Indian journal of veterinary science and animal husbandry - Volume 6,
Year: 1936
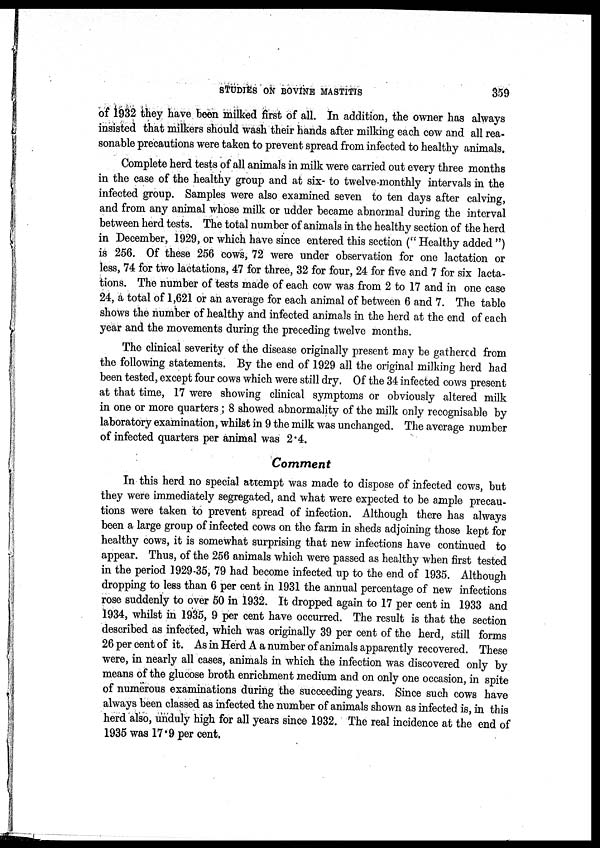
STUDIES ON BOVINE MASTITIS
359
of 1932 they have been milked first of all. In addition, the owner has always
insisted that milkers should wash their hands after milking each cow and all rea-
sonable precautions were taken to prevent spread from infected to healthy animals.
Complete herd tests of all animals in milk were carried out every three months
in the case of the healthy group and at six- to twelve-monthly intervals in the
infected group. Samples were also examined seven to ten days after calving,
and from any animal whose milk or udder became abnormal during the interval
between herd tests. The total number of animals in the healthy section of the herd
in December, 1929, or which have since entered this section (" Healthy added ")
is 256. Of these 256 cows, 72 were under observation for one lactation or
less, 74 for two lactations, 47 for three, 32 for four, 24 for five and 7 for six lacta-
tions. The number of tests made of each cow was from 2 to 17 and in one case
24, a total of 1,621 or an average for each animal of between 6 and 7. The table
shows the number of healthy and infected animals in the herd at the end of each
year and the movements during the preceding twelve months.
The clinical severity of the disease originally present may be gathered from
the following statements. By the end of 1929 all the original milking herd had
been tested, except four cows which were still dry. Of the 34 infected cows present
at that time, 17 were showing clinical symptoms or obviously altered milk
in one or more quarters ; 8 showed abnormality of the milk only recognisable by
laboratory examination, whilst in 9 the milk was unchanged. The average number
of infected quarters per animal was 2.4.
Comment
In this herd no special attempt was made to dispose of infected cows, but
they were immediately segregated, and what were expected to be ample precau-
tions were taken to prevent spread of infection. Although there has always
been a large group of infected cows on the farm in sheds adjoining those kept for
healthy cows, it is somewhat surprising that new infections have continued to
appear. Thus, of the 256 animals which were passed as healthy when first tested
in the period 1929-35, 79 had become infected up to the end of 1935. Although
dropping to less than 6 per cent in 1931 the annual percentage of new infections
rose suddenly to over 50 in 1932. It dropped again to 17 per cent in 1933 and
1934, whilst in 1935, 9 per cent have occurred. The result is that the section
described as infected, which was originally 39 per cent of the herd, still forms
26 per cent of it. As in Herd A a number of animals apparently recovered. These
were, in nearly all cases, animals in which the infection was discovered only by
means of the glucose broth enrichment medium and on only one occasion, in spite
of numerous examinations during the succeeding years. Since such cows have
always been classed as infected the number of animals shown as infected is, in this
herd also, unduly high for all years since 1932. The real incidence at the end of
1935 was 17.9 per cent.